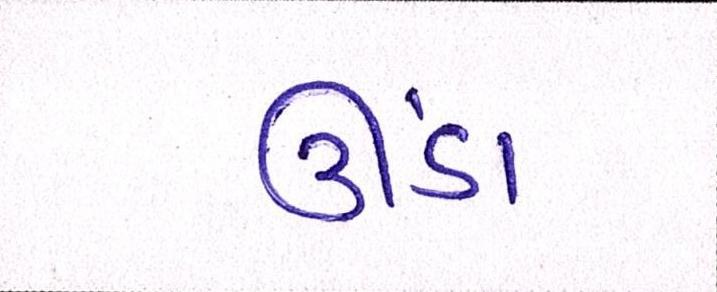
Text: ઊંડા